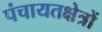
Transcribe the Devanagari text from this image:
पंचायतक्षेत्रों